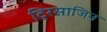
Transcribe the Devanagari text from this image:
ट्रिसाजिन